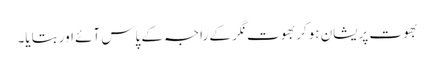
بھوت پریشان ہوکر بھوت نگر کے راجہ کے پاس آئے اور بتایا۔